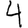
Digit: 4